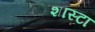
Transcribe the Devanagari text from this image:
शास्टा